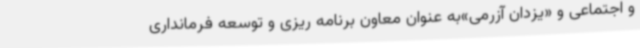
و اجتماعی و «یزدان آزرمی»به عنوان معاون برنامه ریزی و توسعه فرمانداری